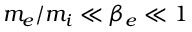
m _ { e } / m _ { i } \ll \beta _ { e } \ll 1